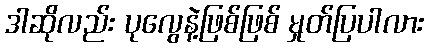
ဒါဆိုလည်း ပုလွေနဲ့ဖြစ်ဖြစ် မှုတ်ပြပါလား